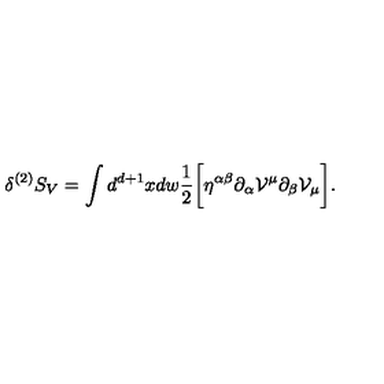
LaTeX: \delta ^ { ( 2 ) } S _ { V } = \int d ^ { d + 1 } x d w \frac { 1 } { 2 } \biggl [ \eta ^ { \alpha \beta } \partial _ { \alpha } { \cal V } ^ { \mu } \partial _ { \beta } { \cal V } _ { \mu } \biggr ] .